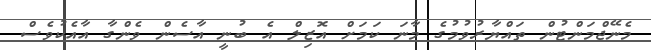
މެނޭޖްމަންޓުން ތައްޔާރުވުމުގެ މާނަ ކަމަށް އޮޒިލް އެ ބުނީ އާސެން ވެންގާ އާއެކުވެސް